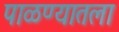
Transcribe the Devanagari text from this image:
पाळण्यातला